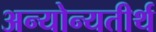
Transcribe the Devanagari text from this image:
अन्योन्यतीर्थ